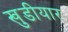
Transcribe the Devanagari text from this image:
खुडीयार